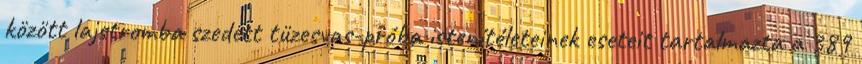
között lajstromba szedett tüzesvas-próba istenítéleteinek eseteit tartalmazta a 389